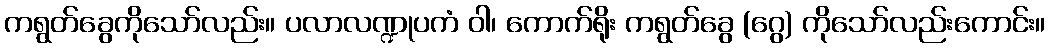
ကရွတ်ခွေကိုသော်လည်း။ ပလာလဏ္ဍုပကံ ဝါ၊ ကောက်ရိုး ကရွတ်ခွေ (ဂွေ) ကိုသော်လည်းကောင်း။